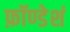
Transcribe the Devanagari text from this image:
फ़ॉण्डेशं